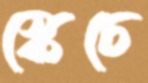
স্কেচে